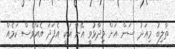
ތާލިބު މިއަދު ސަން އަށް ވިދާޅުވީ އޭނާ އަކީ އެފަދަ އެއްވެސް ކަމެއް